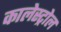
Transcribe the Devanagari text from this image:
कालेस्ट्रोल